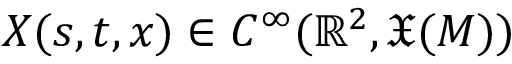
X ( s , t , x ) \in C ^ { \infty } ( \mathbb { R } ^ { 2 } , { \mathfrak { X } } ( M ) )